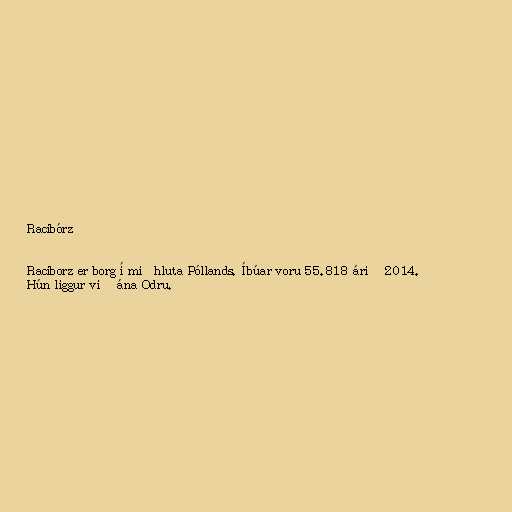
Racibórz

Raciborz er borg í miðhluta Póllands. Íbúar voru 55.818 árið 2014.
Hún liggur við ána Odru.